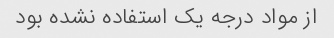
از مواد درجه یک استفاده نشده بود